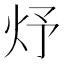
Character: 㶦